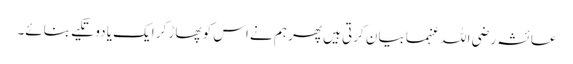
عائشہ رضی اللہ عنہما بیان کرتی ہیں پھر ہم نے اس کو پھاڑ کر ایک یا دو تکیے بنائے۔